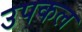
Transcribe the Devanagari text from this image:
उपकल